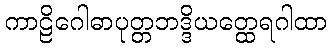
ကာဠိဂေါဓာပုတ္တဘဒ္ဒိယတ္ထေရဂါထာ